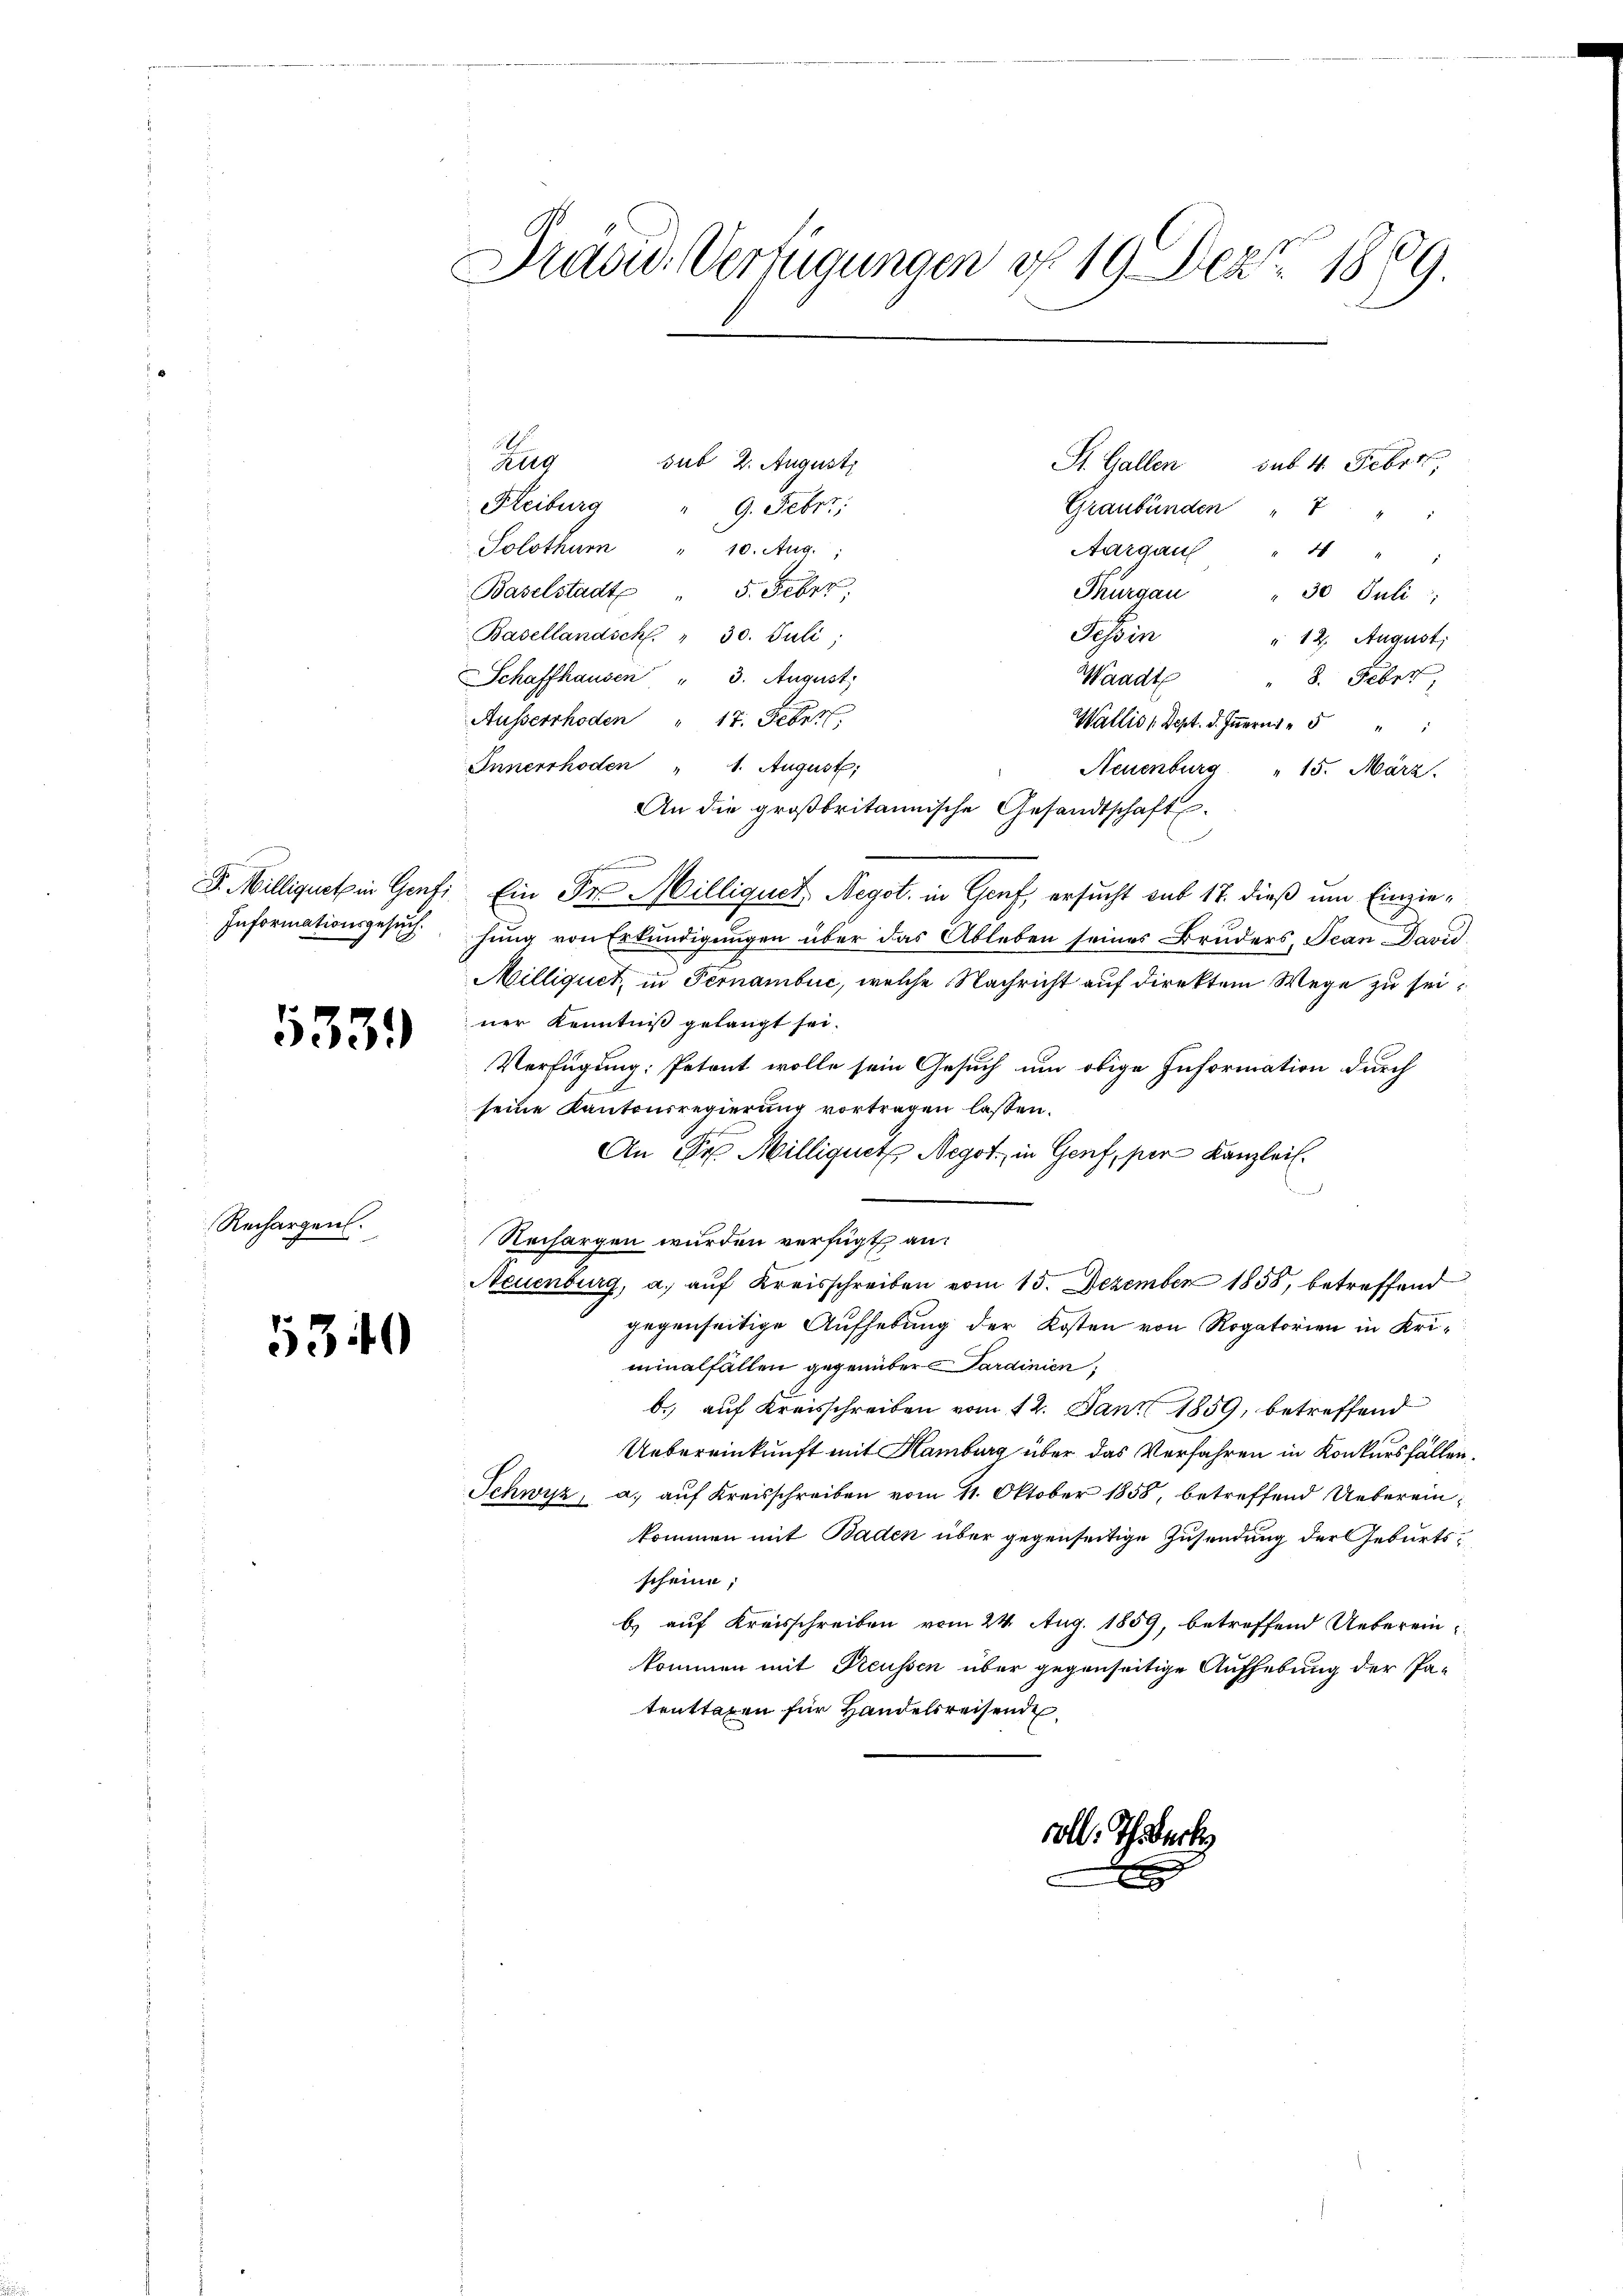
5339

Rechargen.

5340

Draord. Verfügungen d. 19. Dez. 1889.

2
sub 2. Augusti
Zug
St. Gallen sub. 4. Febr.,
Heiburg
Graubünden " 7
" 9. Febr.
Solothur
10. Aug.
Aargau
 4
Baselstadt " 5. Febrt;
Thurgau
30 Juli
Basellandsch. " 30. Juli,
Tessin
" 12. August,
Schaffhausen " 3. August
Waadt
" 8. Feber,
Ausserrhoden " 17. Febr.
Wallis 1 Sept. d. Innern
Innerrhoden " 1. August,
Neuenburg " 15. März.
An die großbritannische Gesandtschaft.
F. Milliquet in Genf Ein Dr. Milliquet Negot. in Genf, ersucht sub 17. dieß um Einzie¬
Informationsgesŭchŭng von Erkŭndigŭngen über das Ableben seines Bruders, Jean David
Milliquet, in Fernambuc, welche Nachricht auf direktem Wege zu seiner Kenntniß gelangt sei.
Verfügung: Petent wolle sein Gesuch um obige Information durch
seine Kantonsregierung vortragen lassen.
An Sr. Milliguet Negot in Genf, per Kanzlei.
Seien nich
Rechargen wurden verfügt an:
Neuenburg, a. auf Kreisschreiben vom 15. Dezember 1855, betreffend
gegenseitige Aufhebung der Kosten von Rogatorien in Uriminalfällen gegenüber Sardinien,
b. auf Kreisschreiben vom 12. Jan. 1859, betreffend
Uebereinkunft mit Hamburg über das Verfahren in Konkursfällen¬
Schwyz, a. auf Kreisschreiben vom 11. Oktober 1858, betreffend Uebereinkommen mit Baden über gegenseitige Zusendung der Geburtsscheine;
b) auf Kreisschreiben vom 24. Aug. 1859, betreffend Uebereinkommen mit Preussen über gegenseitige Aufhebung der Pa-
tenttaxen für Handelsreisende

Ernennen

voll Theberke